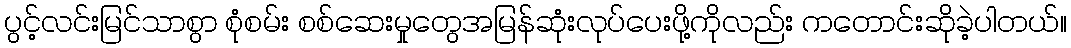
ပွင့်လင်းမြင်သာစွာ စုံစမ်း စစ်ဆေးမှုတွေအမြန်ဆုံးလုပ်ပေးဖို့ကိုလည်း ကတောင်းဆိုခဲ့ပါတယ်။